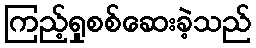
ကြည့်ရှုစစ်ဆေးခဲ့သည်